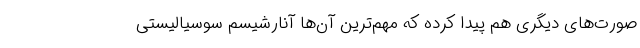
صورت‌های دیگری هم پیدا کرده که مهم‌ترین آن‌ها آنارشیسم سوسیالیستی